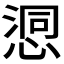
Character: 𢞉